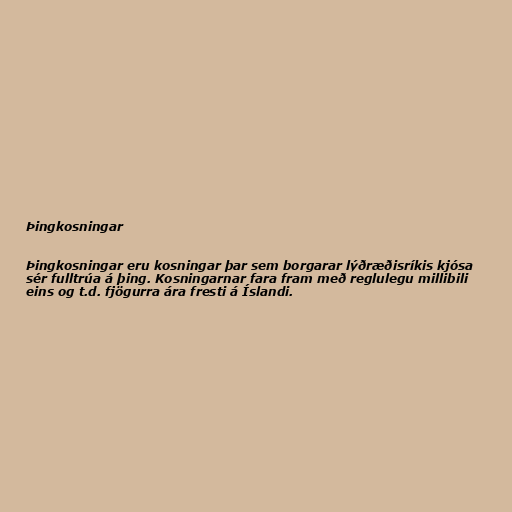
Þingkosningar

Þingkosningar eru kosningar þar sem borgarar lýðræðisríkis kjósa
sér fulltrúa á þing. Kosningarnar fara fram með reglulegu millibili
eins og t.d. fjögurra ára fresti á Íslandi.